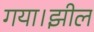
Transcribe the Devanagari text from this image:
गया।झील